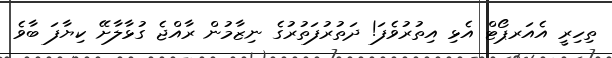
ތިހިރީ އެއަރޕޯޓް އެޅި އިތުރުވެފަ! ދަތުރުފަތުރުގެ ނިޒާމުން ރާއްޖެ ގުޅާލާށޭ ކިޔާފަ ބާވެ